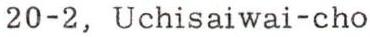
20-2, Uchisaiwai-cho